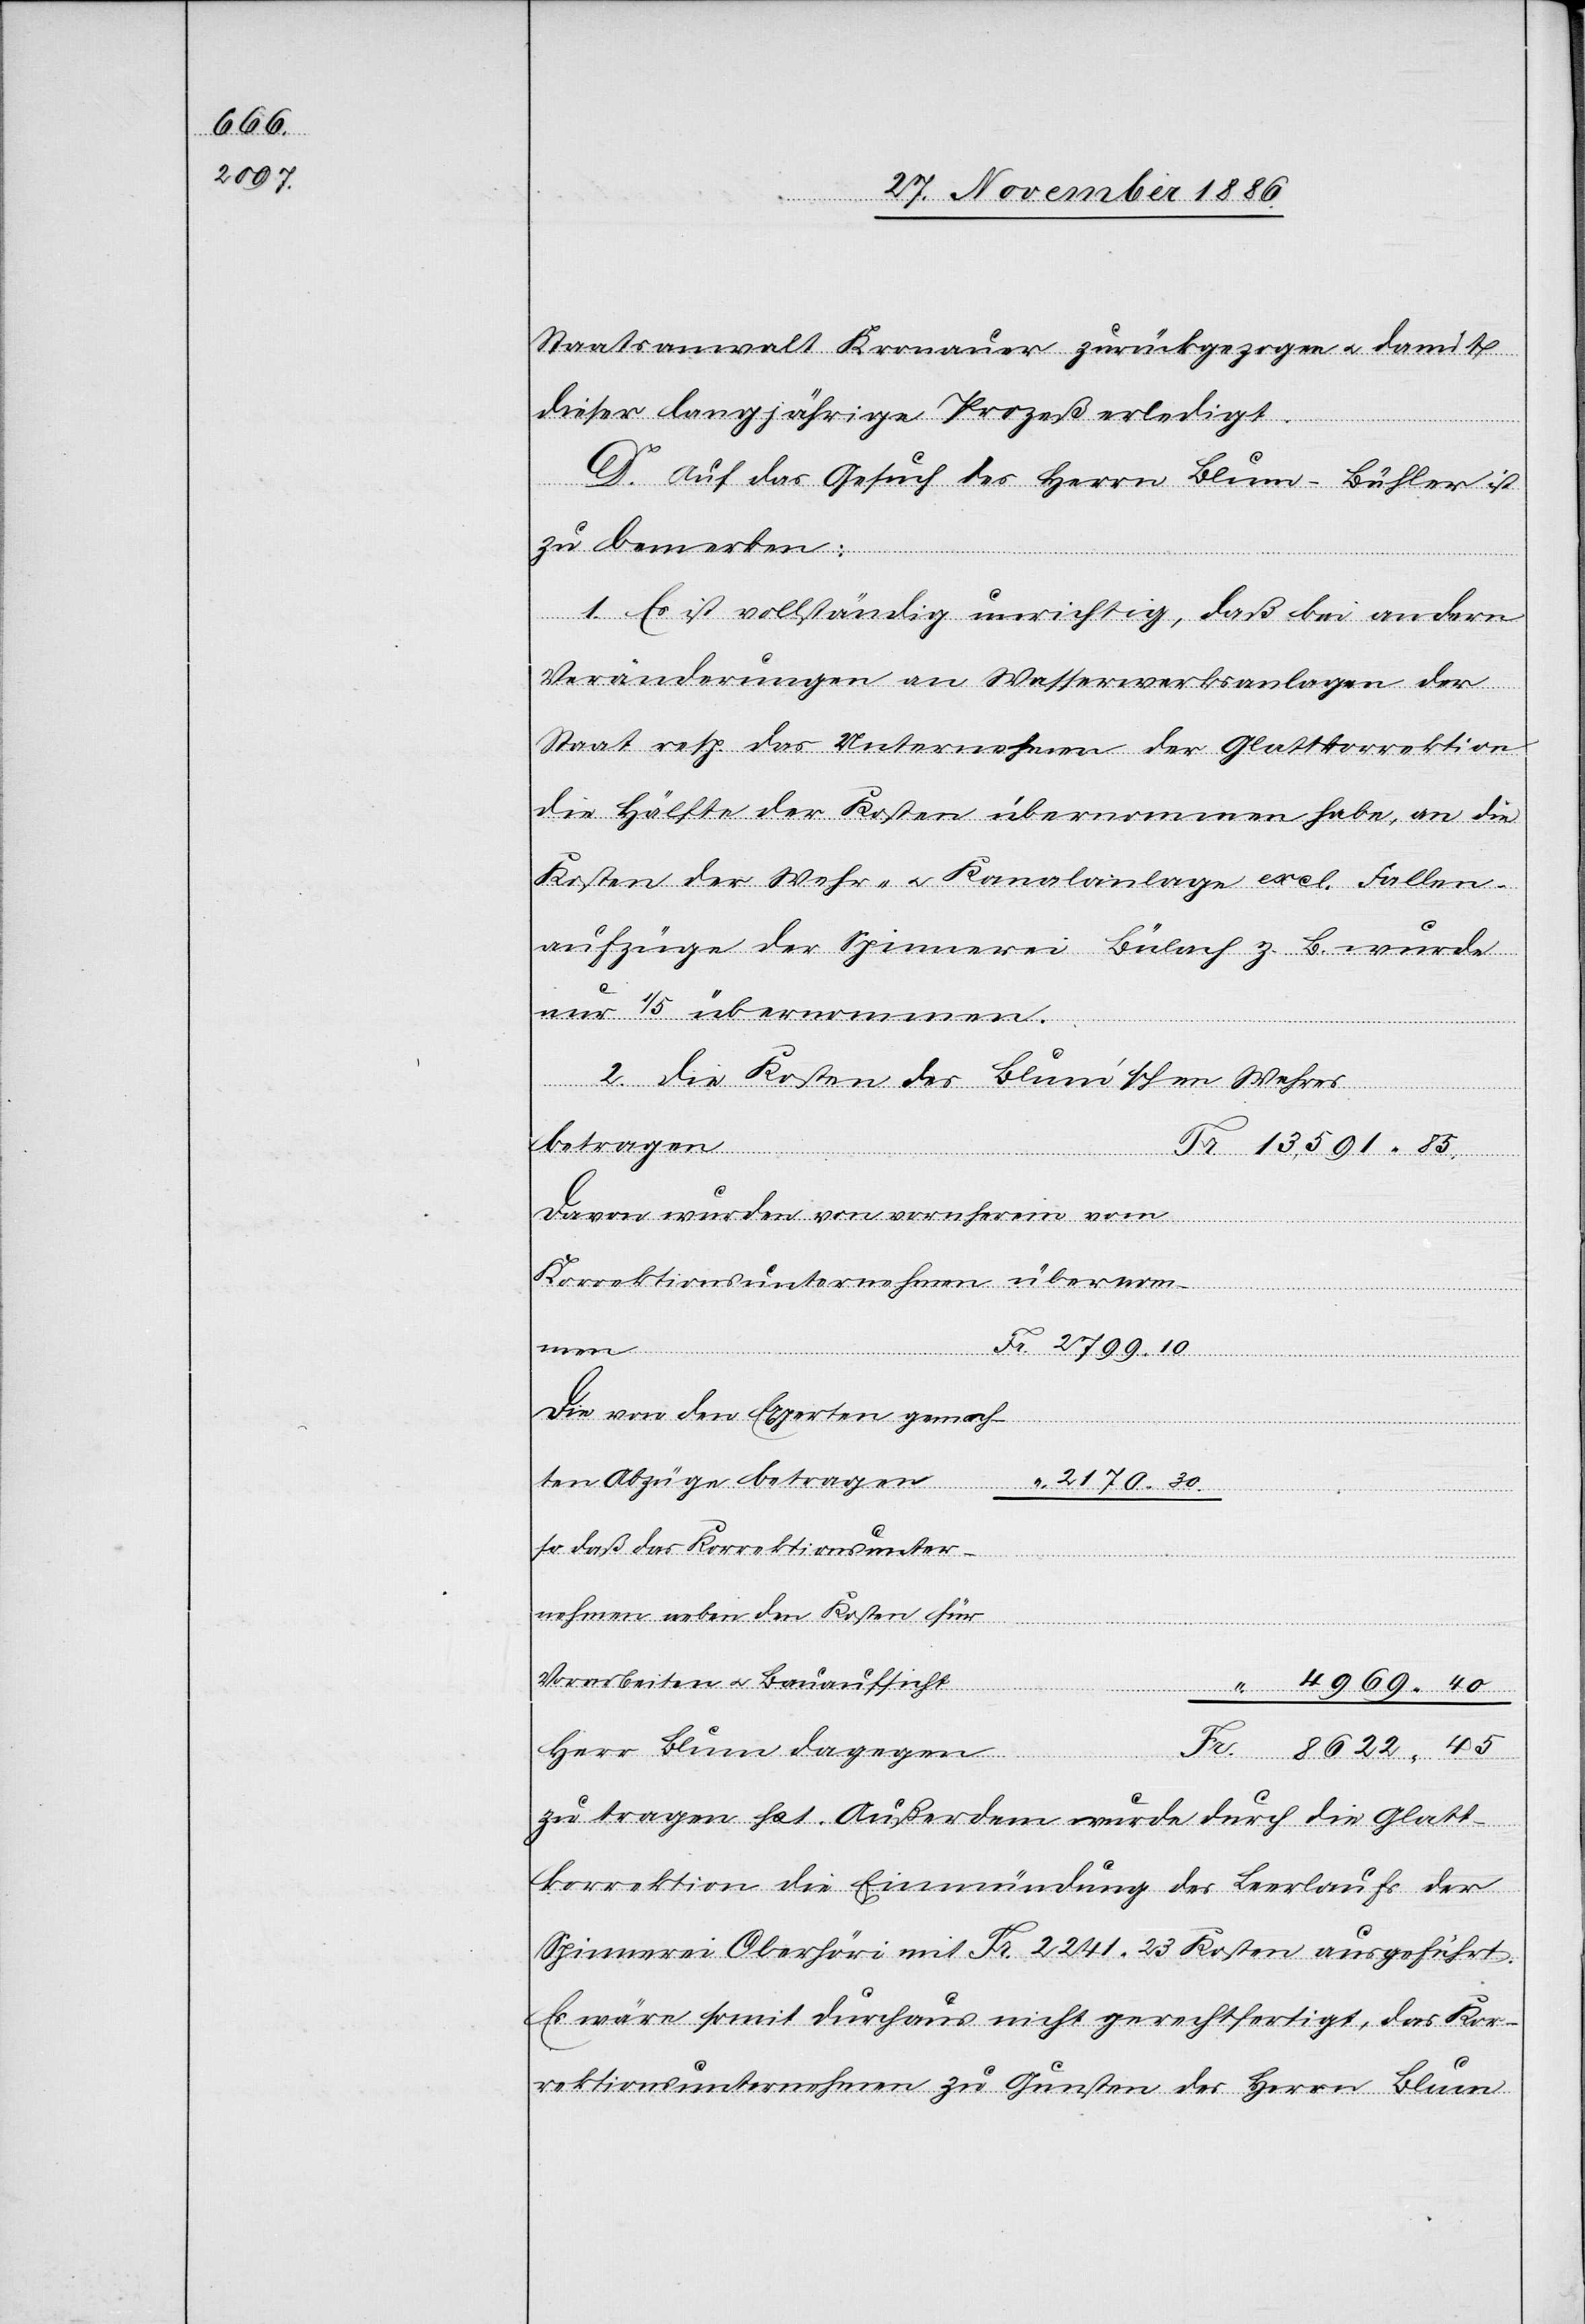
Staatsanwalt Kronauer zurückgezogen & damit
dieser langjährige Prozeß erledigt.
en
D. Auf das Gesuch des Herrn Blum-Bühler ist
zu bemerken:
1. Es ist vollständig unrichtig, daß bei andern
Veränderungen an Wasserwerksanlagen der
Staat resp. das Unternehmen der Glattkorrektion
die Hälfte der Kosten übernommen habe, an die
Kosten der Wehr- & Kanalanlage excl. Fallen¬
aufzüge der Spinnerei Bülach z. B. wurde
nur 1/5 übernommen.
2. Die Kosten des Blum’schen Wehres
betragen
Fr.
13,591 85
davon wurden von vornherein vom
Korrektionsunternehmen übernomm¬
2799 10
Die von den Experten gemach¬
ten Abzüge betragen
2170 30
so daß das Korrektionsunter¬
nehmen neben den Kosten für
Vorarbeiten & Bauaufsicht
8622 45
Herr Blum dagegen
zu tragen hat. Außerdem wurde durch die Glatt¬
Fr.
korrektion die Einmündung des Leerlaufs der
Spinnerei Oberhöri mit Fr. 2241 23 Kosten ausgeführt.
Es wäre somit durchaus nicht gerechtfertigt, das Kor¬
rektionsunternehmen zu Gunsten des Herrn Blum